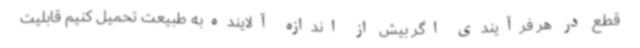
قطع در هر فرآیندی اگر بیش از اندازه آلاینده‌به طبیعت تحمیل کنیم قابلیت